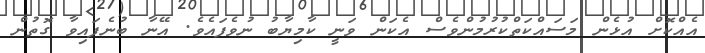
އެއްކޮށް އުޅެން މަސައްކަތްކުރުމުންވެސް އެކަން ވަނީ ކާމިޔާބު ނުވެފައެވެ. އޭނާ ބުނެފައިވާ ގޮތުން